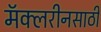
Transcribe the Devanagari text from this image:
मॅक्लरीनसाठी